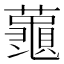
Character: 𮒮